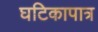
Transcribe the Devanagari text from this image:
घटिकापात्र